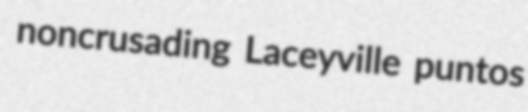
noncrusading Laceyville puntos